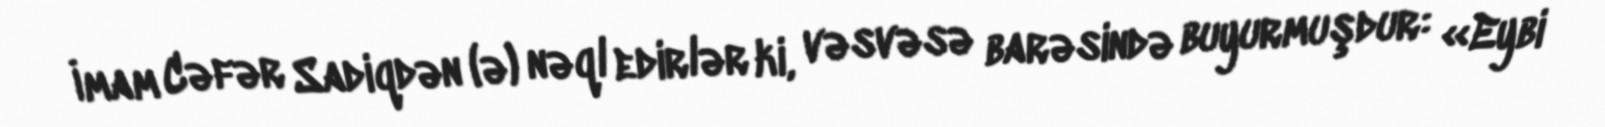
İmam Cəfər Sadiqdən (ə) nəql edirlər ki, vəsvəsə barəsində buyurmuşdur: «Eybi